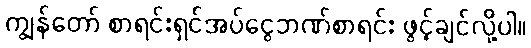
ကျွန်တော် စာရင်းရှင်အပ်ငွေဘဏ်စာရင်း ဖွင့်ချင်လို့ပါ။